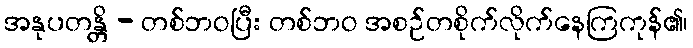
အနုပတန္တိ - တစ်ဘဝပြီး တစ်ဘဝ အစဉ်တစိုက်လိုက်နေကြကုန်၏၊